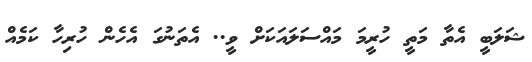
ޝަލަބީ އެތާ މަތީ ހުރީމަ މައްސަލައަކަށް ވީ.. އެތަނުގަ އެހެން ހުރިހާ ކަމެއް